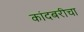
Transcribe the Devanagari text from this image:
कांदबरीचा